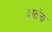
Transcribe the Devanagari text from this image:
दातेंना